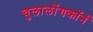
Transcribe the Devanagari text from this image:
चुलालोंगकॉर्न